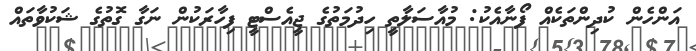
އަންހެން ކުދިންތަކެއް ފޯނާއެކު: މުއާސަލާތީ ހިދުމަތުގެ ޖީއެސްޓީ ފިހާރަކުން ނަގާ ގޮތުގެ ޝަކުވާތައް